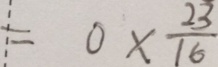
= 0 \times \frac { 2 3 } { 1 6 }